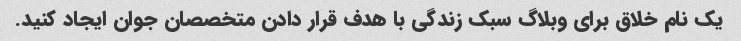
یک نام خلاق برای وبلاگ سبک زندگی با هدف قرار دادن متخصصان جوان ایجاد کنید.